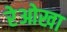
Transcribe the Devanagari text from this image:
रेओखा